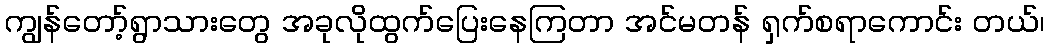
ကျွန်တော့်ရွာသားတွေ အခုလိုထွက်ပြေးနေကြတာ အင်မတန် ရှက်စရာကောင်း တယ်၊